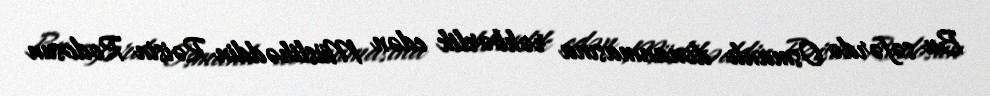
Bu səfərdə Osmanlı donanmasına rəhbərlik edən Müslihəddin Rəisin Rodosun